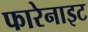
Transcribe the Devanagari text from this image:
फारेनाइट